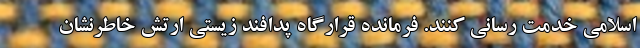
اسلامی خدمت رسانی کنند. فرمانده قرارگاه پدافند زیستی ارتش خاطرنشان